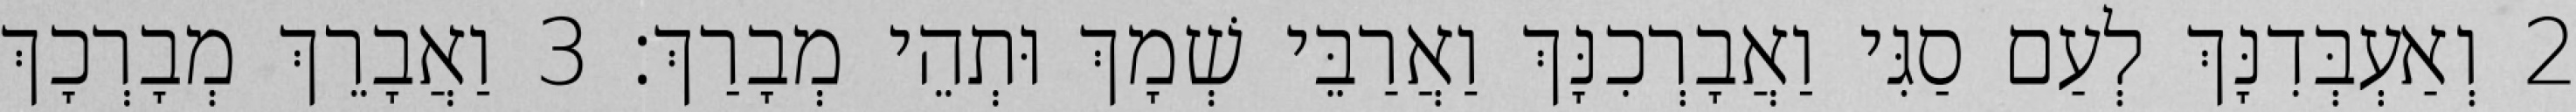
2 וְאַעְבְּדִנָּךְ לְעַם סַגִּי וַאֲבָרְכִנָּךְ וַאֲרַבֵּי שְׁמָךְ וּתְהֵי מְבָרַךְ׃ 3 וַאֲבָרֵךְ מְבָרְכָךְ